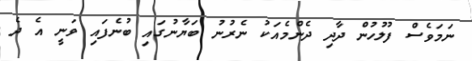
ނަމަވެސް ފުލުހުން ދާދި ދެންމެއަކު ނެރުނު ބަޔާނުގައި ބުނެފައި ވަނީ އެ ދެ